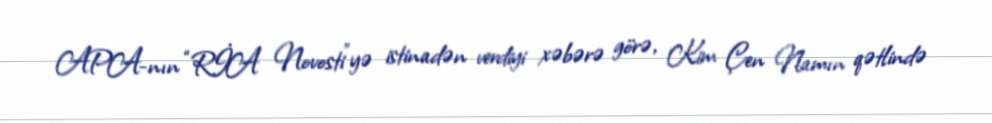
APA-nın “RİA Novosti”yə istinadən verdiyi xəbərə görə, Kim Çen Namın qətlində